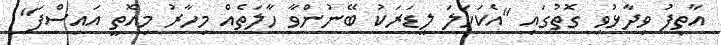
އާތިފު ވިދާޅުވި ގޮތުގައި "އެކަހަލަ ލީޑަރަކު ބޭނުންވާ ހާލަތެއް މިހާރު މިއޮތީ އައިސްފަ"